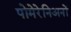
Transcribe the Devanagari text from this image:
पोमेरेनिअनों